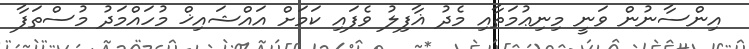
އިންސާނުން ވަނީ މިނިޢުމަތާއި މެދު ޣާފިލު ވެފައި ކަމަށް އައްޝައިޚް މުހައްމަދު މުސްތަފާ